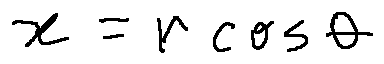
x = r \cos \theta